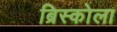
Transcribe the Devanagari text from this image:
ब्रिस्कोला